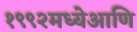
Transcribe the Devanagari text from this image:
१९९२मध्येआणि